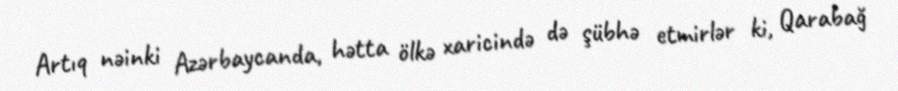
Artıq nəinki Azərbaycanda, hətta ölkə xaricində də şübhə etmirlər ki, Qarabağ